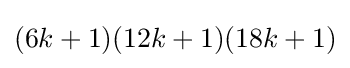
(6k+1)(12k+1)(18k+1)